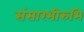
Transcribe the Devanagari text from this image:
संसारभीरुभि